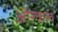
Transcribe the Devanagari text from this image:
औरेकल